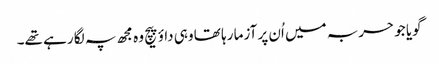
گویا جو حربہ میں اُن پر آزما رہا تھا وہی داؤ پیچ وہ مجھ پہ لگا رہے تھے۔